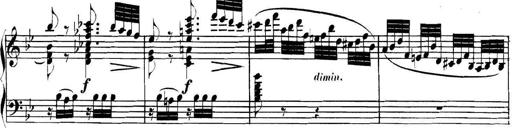
Title: Collected Piano Sonatas
Composer: Muzio Clementi